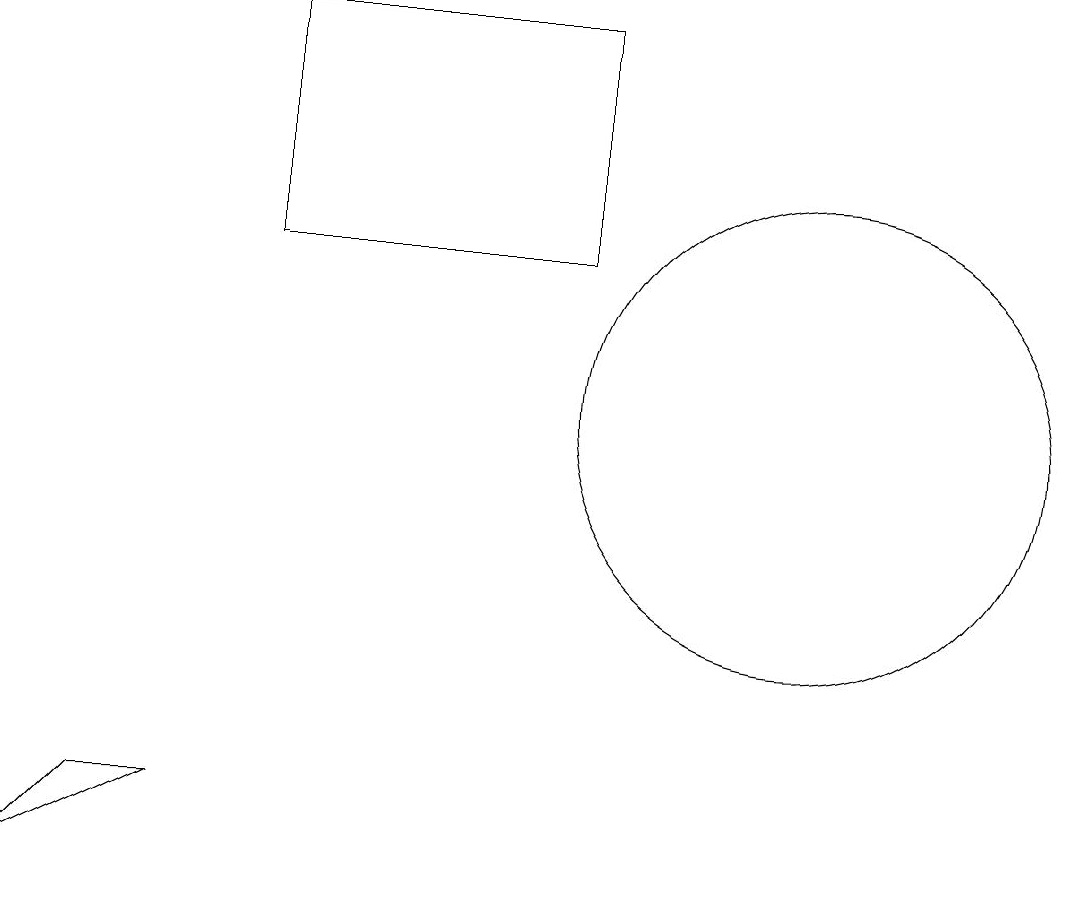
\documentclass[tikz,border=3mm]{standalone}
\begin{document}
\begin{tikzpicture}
\draw (8,12) rectangle (8,14);
\draw (4,15) rectangle (8,12);
\draw (11,10) circle (3);
\draw (1,4) -- (2,5) -- (3,5) -- cycle;
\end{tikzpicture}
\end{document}